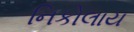
નિકોલાય